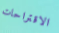
الاقتراحات